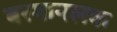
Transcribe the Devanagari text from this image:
बरमानलक